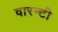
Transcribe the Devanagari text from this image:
वारन्टी